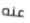
عنه